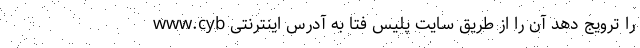
را ترویج دهد آن را از طریق سایت پلیس فتا به آدرس اینترنتی www.cyb